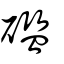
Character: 礛